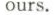
ours.